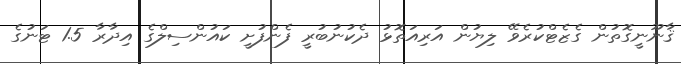
ޤާނޫނީގޮތުން ގެޒެޓްކުރެވޭ ލިޔުން އަރިއަތޮޅު ދެކުނުބުރީ ފެންފުށީ ކައުންސިލްގެ އިދާރާ 1.5 ޓަނުގެ